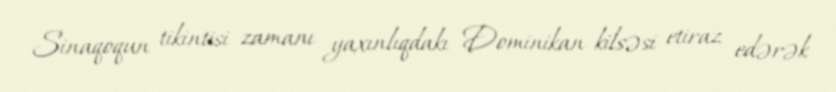
Sinaqoqun tikintisi zamanı yaxınlıqdakı Dominikan kilsəsi etiraz edərək